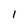
Character: 1